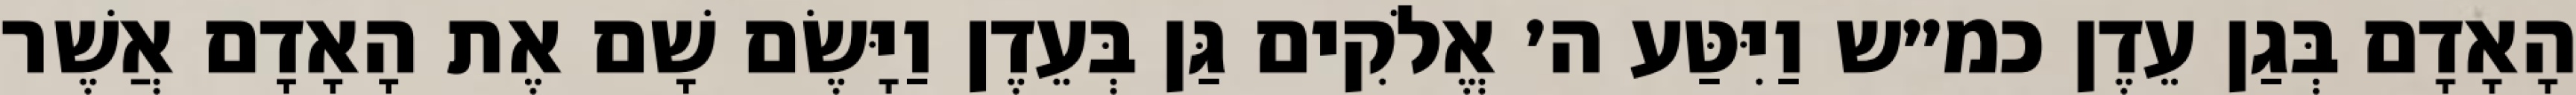
הָאָדָם בְּגַן עֵדֶן כמ״ש וַיִּטַּע ה׳ אֱלֹקִים גַּן בְּעֵדֶן וַיָּשֶׂם שָׁם אֶת הָאָדָם אֲשֶׁר